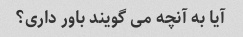
آیا به آنچه می گویند باور داری؟